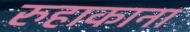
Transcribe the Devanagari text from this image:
रुहाकाना